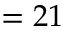
= 2 1